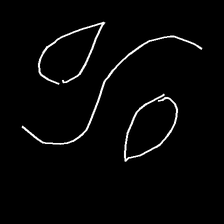
Glyph: water